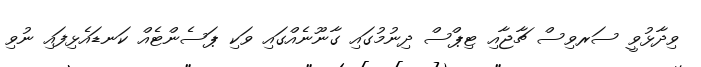
ވިދާޅުވީ ސަރވިސް ޗާޖާއި ޓިޕްސް ދިނުމުގައި ގާނޫނެއްގައި ވަކި ޕަސެންޓެއް ކަނޑައެޅިފައި ނުވި